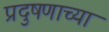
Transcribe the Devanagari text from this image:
प्रदुषणाच्या